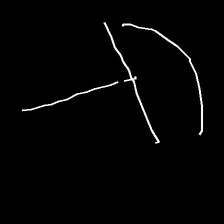
Glyph: dispersion